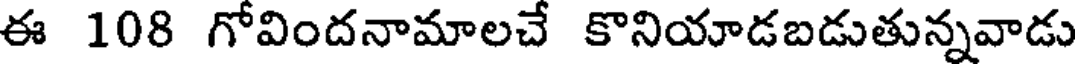
ఈ 108 గోవిందనామాలచే కొనియాడబడుతున్నవాడు